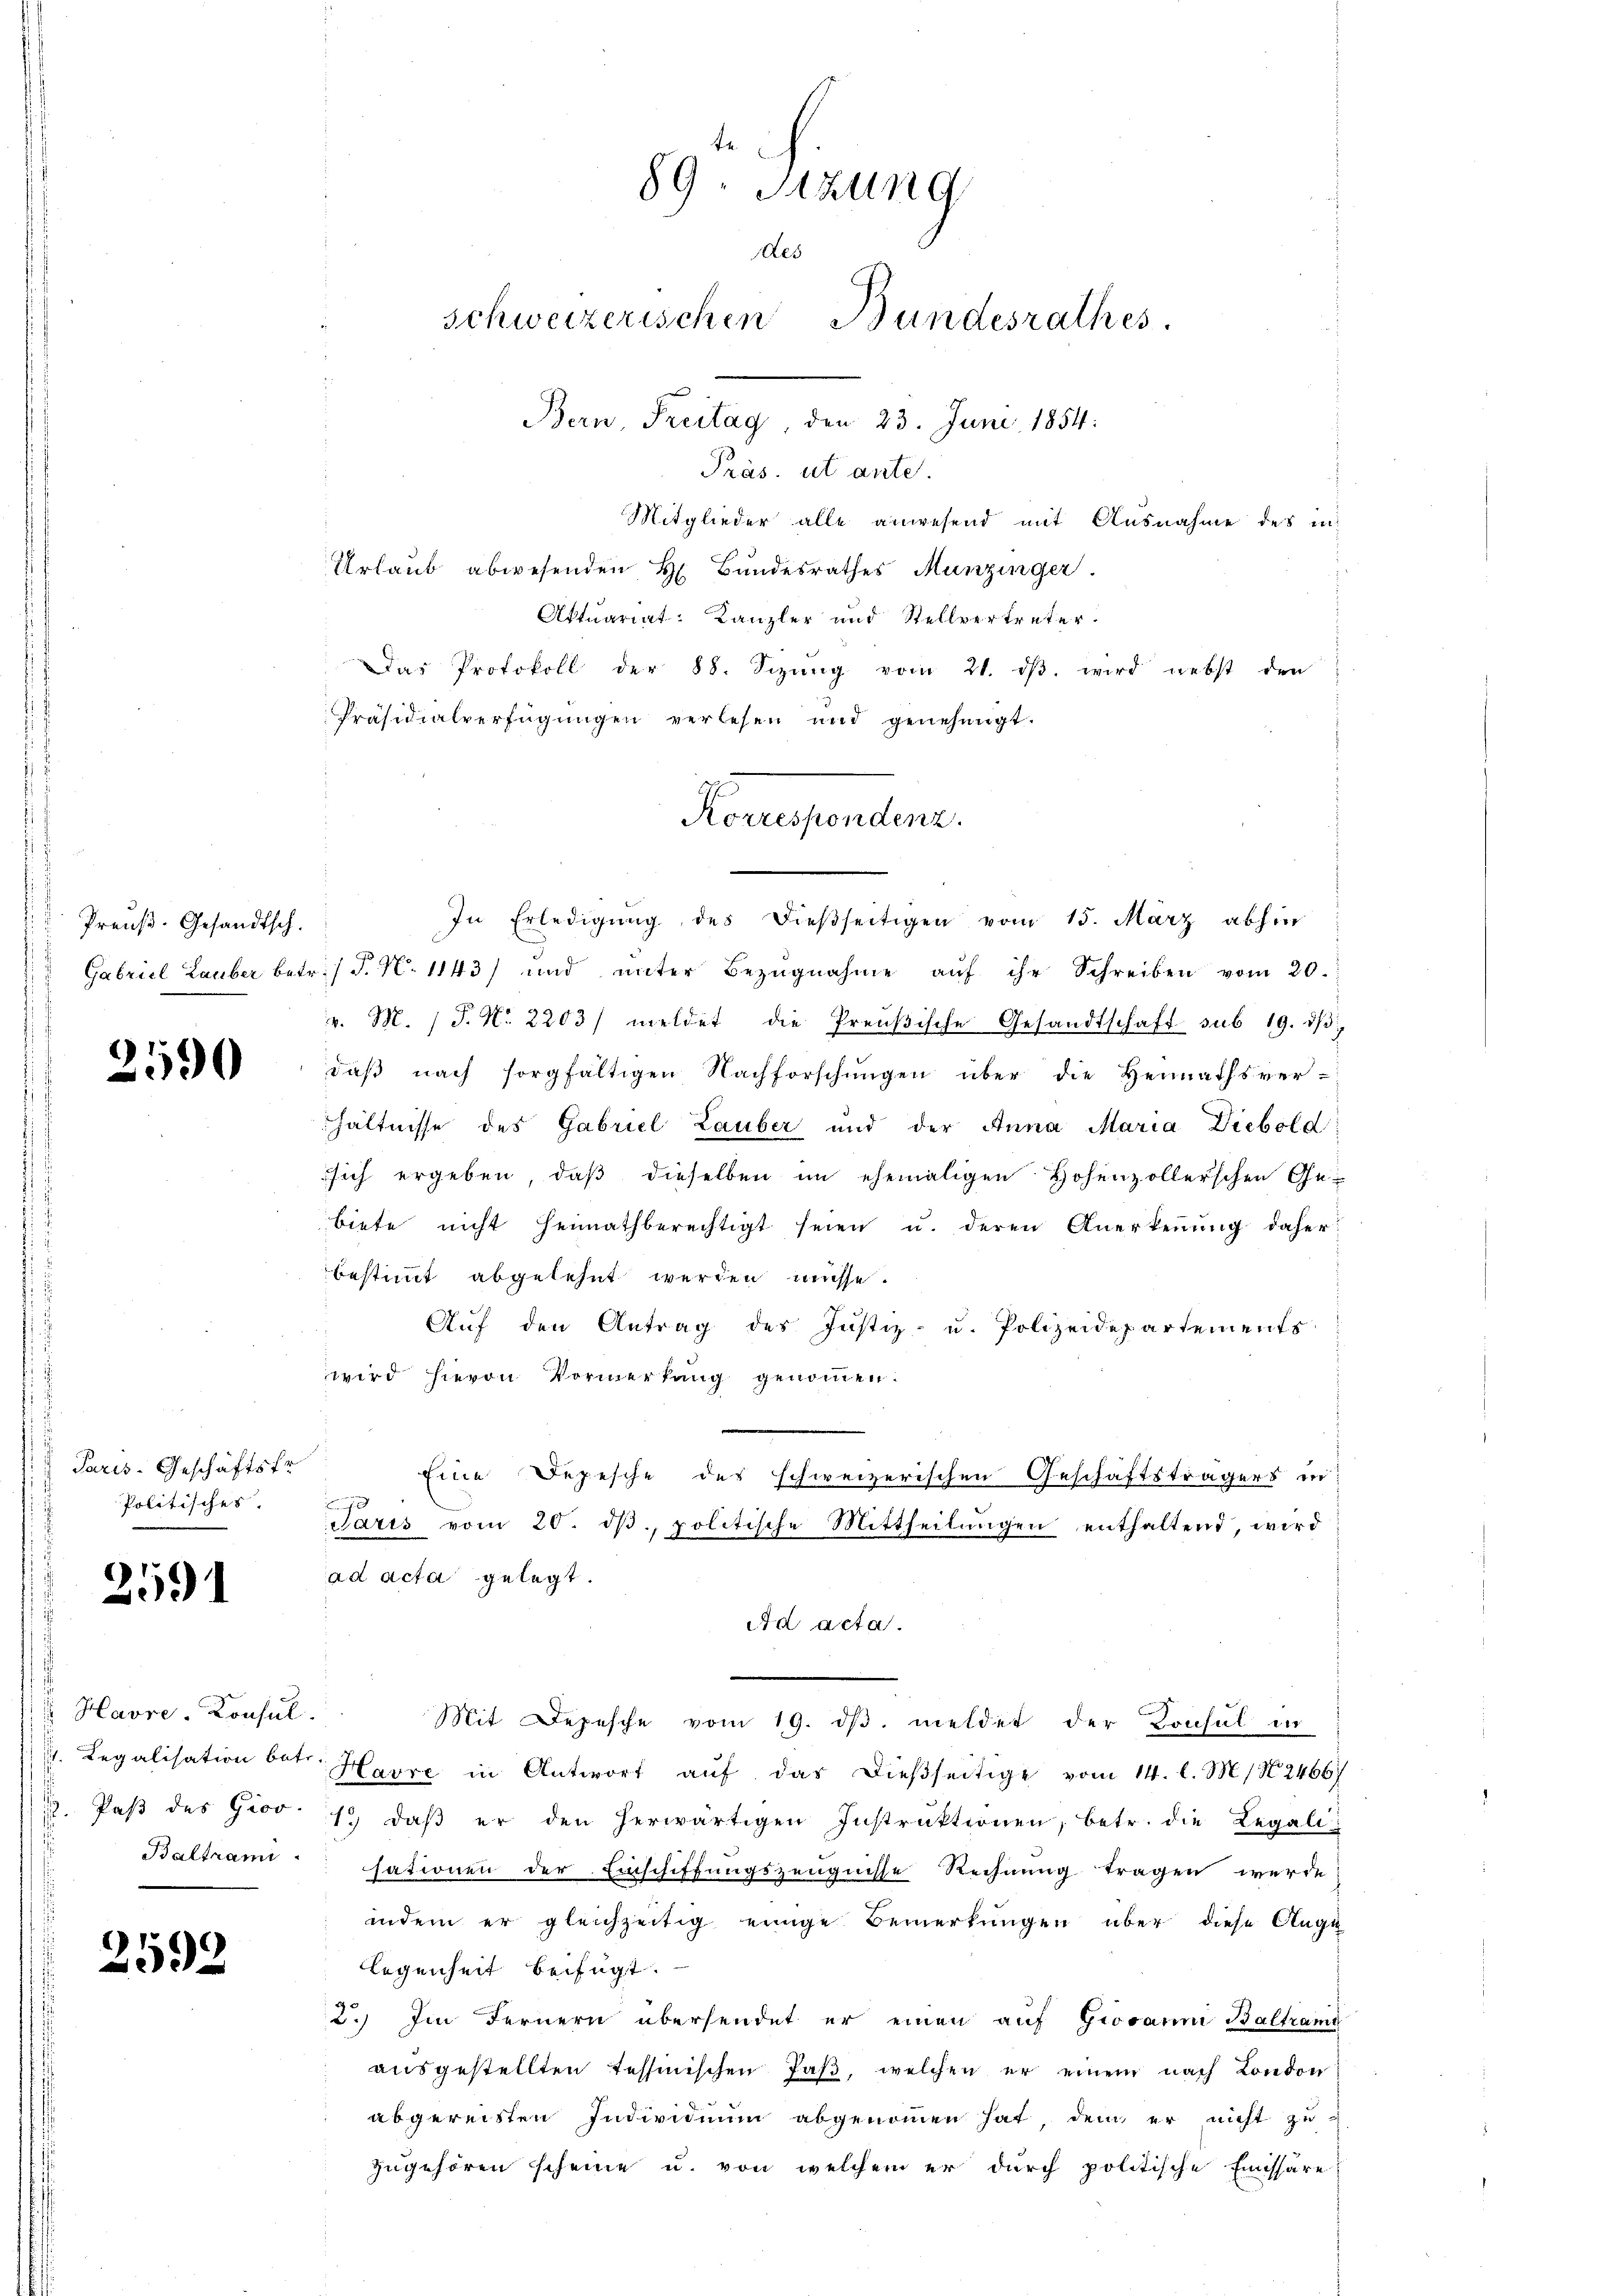
Preuß. Gesandtsch.

2590

Paris. Geschäftsfr
Politisches.

2591

Havre-Konsul
Baltrami

2592

Präs. ut ante.
Mitglieder alle anwesend mit Ausnahme des in
Urlaub abwesenden H. Bundesrathes Munzinger.
Aktuariat Kanzler und Stellvertreter.
Das Protokoll der 88. Sizŭng vom 21. dβ wird nebst den
Präsidialverfügŭngen verlesen und genehmigt.
Gabriel Lauber betr. (T. N. 1143) und ŭnter Bezŭgnahme aŭf ihr Schreiben vom 20.
v. M. 1 S. Nr. 2203) meldet die Preŭβische Gesandtschaft sub 19. dβ
daß nach sorgfältigen Nachforschungen über die Heimathsver-
hältnisse des Gabriel Lauber und der Anna Maria Diebold:
sich ergeben, daß dieselben im ehemaligen Hohenzollerschen Gebiete nicht heimathberechtigt seien u. deren Anerkennung daher
bestimmt abgelehnt werden müsse.
Auf den Antrag des Justiz- u. Polizeidepartements
wird hievon Vormerkung genommen.
Eine Depesche des schweizerischen Geschäftsträgers in
0
Saris vom 20. dβ, politische Mittheilŭngen enthaltend, wird
ad acta gelegt.
Ad acta.
Mit Depesche vom 19. dβ meldet der Konsul in
. Legalisation betr. Havre in Antwort aŭf das dießseitige vom 14. l. M. N. 2466)
1. Paβ des Giov. 12. daβ er den herwärtigen Instrŭktionen, betr. die Legali
sationen der Einschiffungszeugnisse Rechnung tragen werde
indem er gleichzeitig einige Bemerkungen über diese Auge
legenheit beifügt:
2.) Im Fernern übersendet er einen auf Giovanni Baltramd
ausgestellten Tessinischen Paß, welchen er einem nach London
abgereisten Individuum abgenommen hat, dem er nicht zu
zugehören scheine u. von welchem er durch politische Emissäre

te
89. Sitzung
Aes
schweizerischen Bundesrathes.
Bern, Freitag, den 23. Juni 1854:

Korresponden.

In Erledigung des dießseitigen vom 15. März abhin